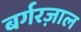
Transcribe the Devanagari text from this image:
बर्गरज़ाल